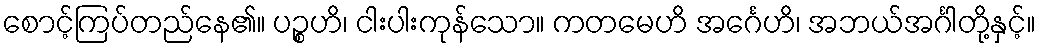
စောင့်ကြပ်တည်နေ၏။ ပဉ္စဟိ၊ ငါးပါးကုန်သော။ ကတမေဟိ အင်္ဂေဟိ၊ အဘယ်အင်္ဂါတို့နှင့်။